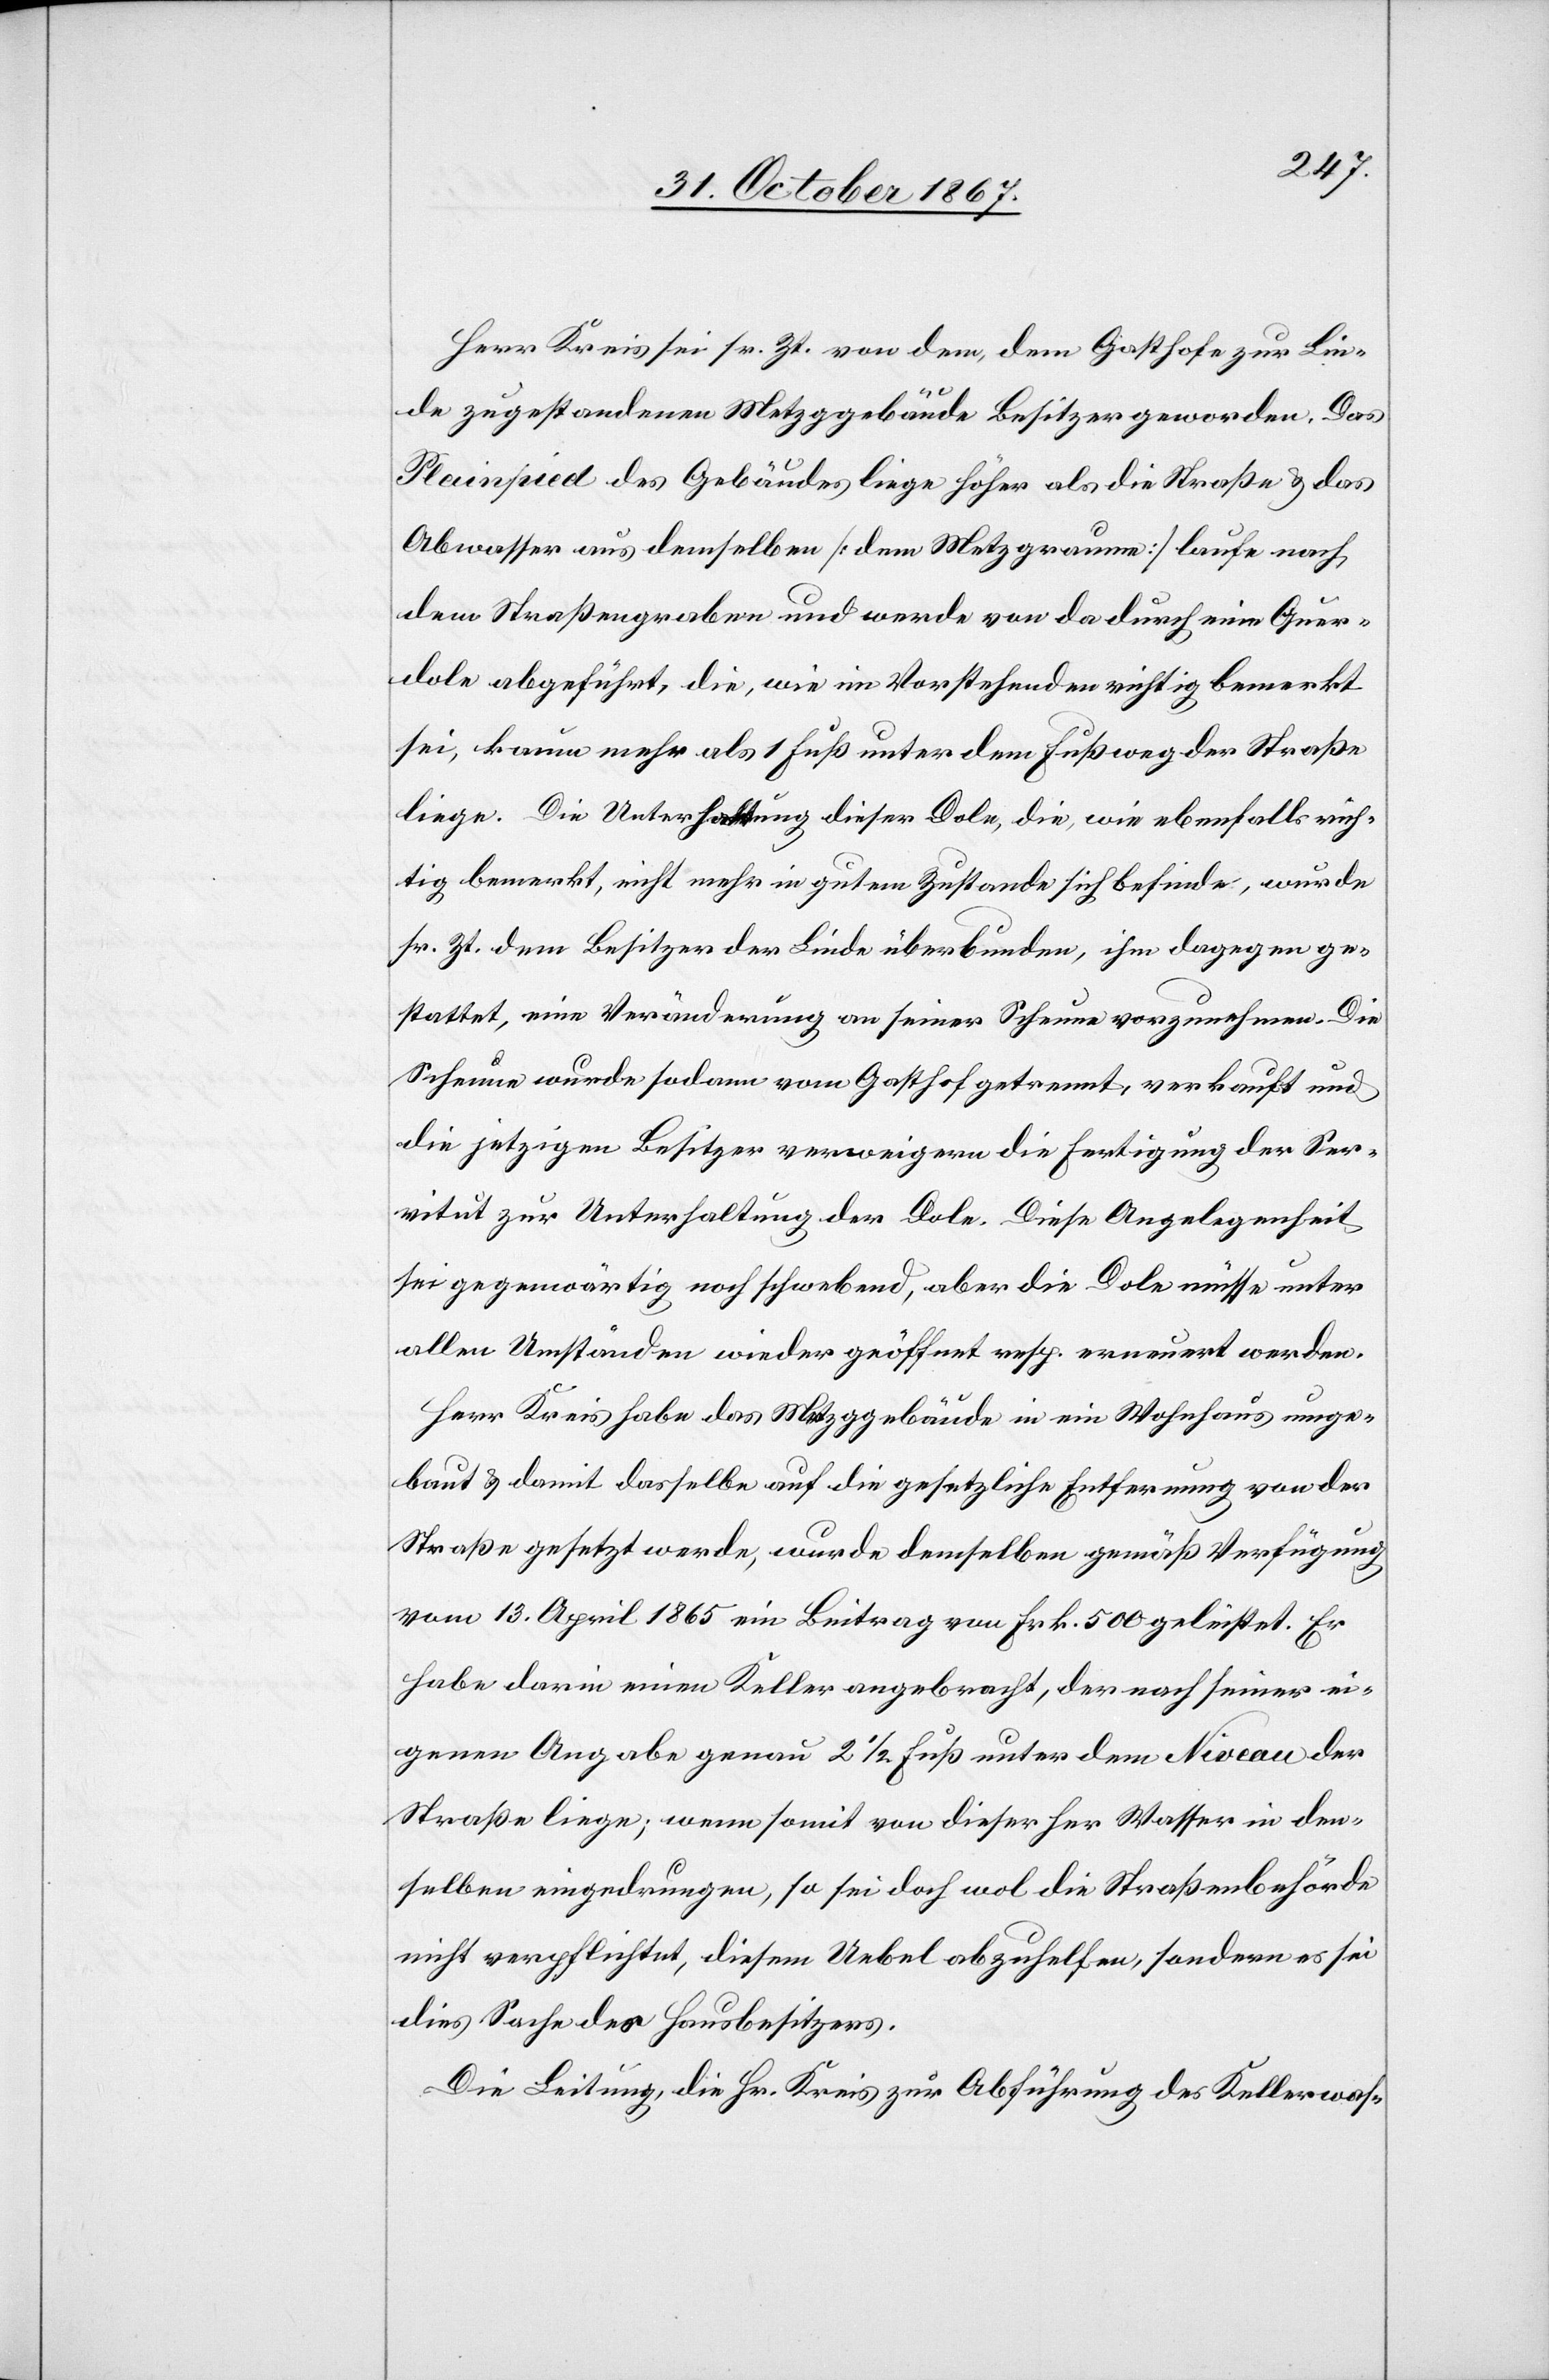
Herr Kreis sei sr. Zt. von dem, dem Gasthofe zur Lin¬
de zugestandenen Metzggebäude Besitzer geworden. Das
Plainpied des Gebäudes liege höher als die Straße u. das
Abwasser aus demselben [dem Metzgraume] laufe nach
dem Straßengraben und werde von da durch eine Quer¬
dole abgeführt, die, wie im Vorstehenden richtig bemerkt
sei, kaum mehr als 1 Fuß unter dem Fußweg der Straße
liege. Die Unterhaltung dieser Dole, die, wie ebenfalls rich¬
tig bemerkt, nicht mehr in gutem Zustande sich befinde, wurde
sr. Zt. dem Besitzer der Linde überbunden, ihm dagegen ge¬
stattet, eine Veränderung an seiner Scheune vorzunehmen. Die
Scheune wurde sodann vom Gasthof getrennt, verkauft und
die jetzigen Besitzer verweigern die Fertigung der Ser¬
vitut zur Unterhaltung der Dole. Diese Angelegenheit
sei gegenwärtig noch schwebend, aber die Dole müsse unter
allen Umständen wieder geöffnet resp. erneuert werden.
Herr Kreis habe das Metzggebäude in ein Wohnhaus umge¬
baut u. damit dasselbe auf die gesetzliche Entfernung von der
Straße gesetzt werde, wurde demselben gemäß Verfügung
vom 13. April 1865 ein Beitrag von Frk. 500 geleistet. Er
habe darin einen Keller angebracht, der nach seiner ei¬
genen Angabe genau 2 ½ Fuß unter dem Niveau der
Straße liege; wenn somit von dieser her Wasser in den¬
selben eingedrungen, so sei doch wol die Straßenbehörde
nicht verpflichtet, diesem Uebel abzuhelfen, sondern es sei
dies Sache des Hausbesitzers.
Die Leitung, die Hr. Kreis zur Abführung des Kellerwas-